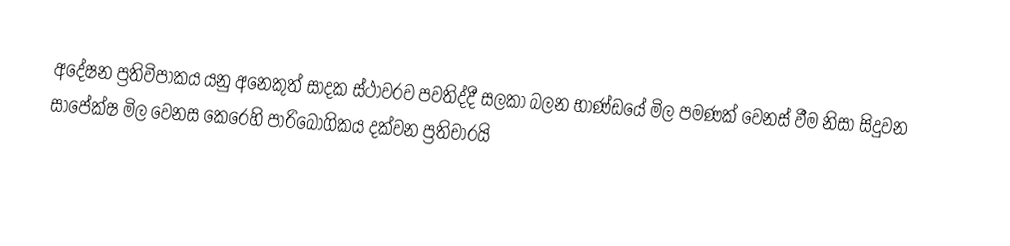
අදේෂන ප්‍රතිවිපාකය යනු අනෙකුත් සාදක ස්ථාවරව පවතිද්දී සලකා බලන භාණ්ඩයේ මිල පමණක් වෙනස් වීම නිසා සිදුවන සාපේක්ෂ මිල වෙනස කෙරෙහි පාරිබෝගිකය දක්වන ප්‍රතිචාරයි